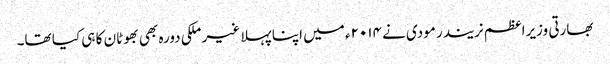
بھارتی وزیراعظم نریندر مودی نے ۲۰۱۴ء میں اپنا پہلا غیر ملکی دورہ بھی بھوٹان کا ہی کیا تھا۔